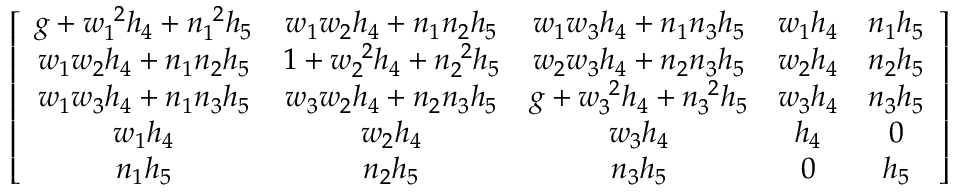
\left[ \begin{array} { c c c c c } { { g + w _ { 1 } ^ { \ 2 } h _ { 4 } + n _ { 1 } ^ { \ 2 } h _ { 5 } } } & { { w _ { 1 } w _ { 2 } h _ { 4 } + n _ { 1 } n _ { 2 } h _ { 5 } } } & { { w _ { 1 } w _ { 3 } h _ { 4 } + n _ { 1 } n _ { 3 } h _ { 5 } } } & { { w _ { 1 } h _ { 4 } } } & { { n _ { 1 } h _ { 5 } } } \\ { { w _ { 1 } w _ { 2 } h _ { 4 } + n _ { 1 } n _ { 2 } h _ { 5 } } } & { { 1 + w _ { 2 } ^ { \ 2 } h _ { 4 } + n _ { 2 } ^ { \ 2 } h _ { 5 } } } & { { w _ { 2 } w _ { 3 } h _ { 4 } + n _ { 2 } n _ { 3 } h _ { 5 } } } & { { w _ { 2 } h _ { 4 } } } & { { n _ { 2 } h _ { 5 } } } \\ { { w _ { 1 } w _ { 3 } h _ { 4 } + n _ { 1 } n _ { 3 } h _ { 5 } } } & { { w _ { 3 } w _ { 2 } h _ { 4 } + n _ { 2 } n _ { 3 } h _ { 5 } } } & { { g + w _ { 3 } ^ { \ 2 } h _ { 4 } + n _ { 3 } ^ { \ 2 } h _ { 5 } } } & { { w _ { 3 } h _ { 4 } } } & { { n _ { 3 } h _ { 5 } } } \\ { { w _ { 1 } h _ { 4 } } } & { { w _ { 2 } h _ { 4 } } } & { { w _ { 3 } h _ { 4 } } } & { { h _ { 4 } } } & { { 0 } } \\ { { n _ { 1 } h _ { 5 } } } & { { n _ { 2 } h _ { 5 } } } & { { n _ { 3 } h _ { 5 } } } & { { 0 } } & { { h _ { 5 } } } \end{array} \right]